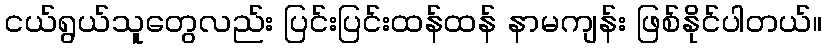
ငယ်ရွယ်သူတွေလည်း ပြင်းပြင်းထန်ထန် နာမကျန်း ဖြစ်နိုင်ပါတယ်။